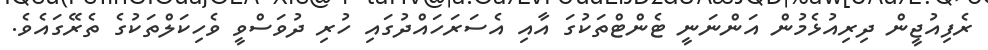
ރެފިއުޖީން ދިރިއުޅެމުން އަންނަނީ ޓެންޓްތަކުގަ އާއި އެސަރަހައްދުގައި ހުރި ދުވަސްވީ ވެހިކަލްތަކުގެ ތެރޭގައެވެ.